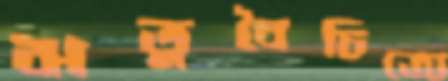
ঋতুবৈচিত্র্যে